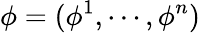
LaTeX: \phi=(\phi^{1},\cdots,\phi^{n})